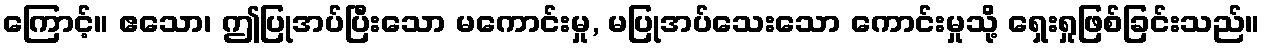
ကြောင့်။ ဧသော၊ ဤပြုအပ်ပြီးသော မကောင်းမှု, မပြုအပ်သေးသော ကောင်းမှုသို့ ရှေးရှုဖြစ်ခြင်းသည်။